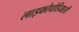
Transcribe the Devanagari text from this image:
लाइकोपोडियासी